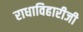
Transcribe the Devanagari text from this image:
राधाविहारीजी